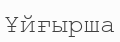
Ұйғырша